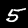
Label: 5